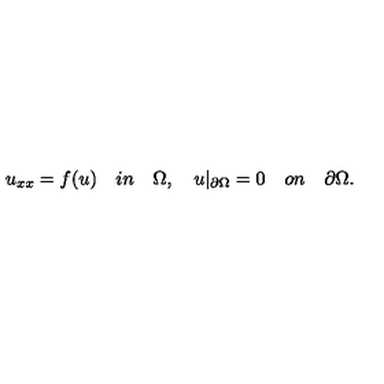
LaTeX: u _ { x x } = f ( u ) \quad i n \quad \Omega , \quad u | _ { \partial { \Omega } } = 0 \quad o n \quad \partial \Omega .